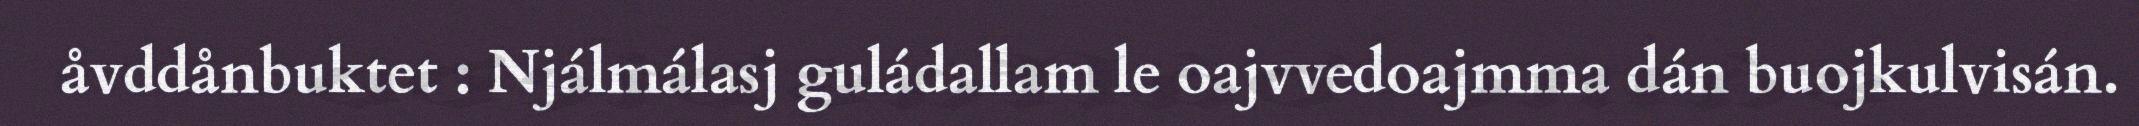
åvddånbuktet : Njálmálasj guládallam le oajvvedoajmma dán buojkulvisán.